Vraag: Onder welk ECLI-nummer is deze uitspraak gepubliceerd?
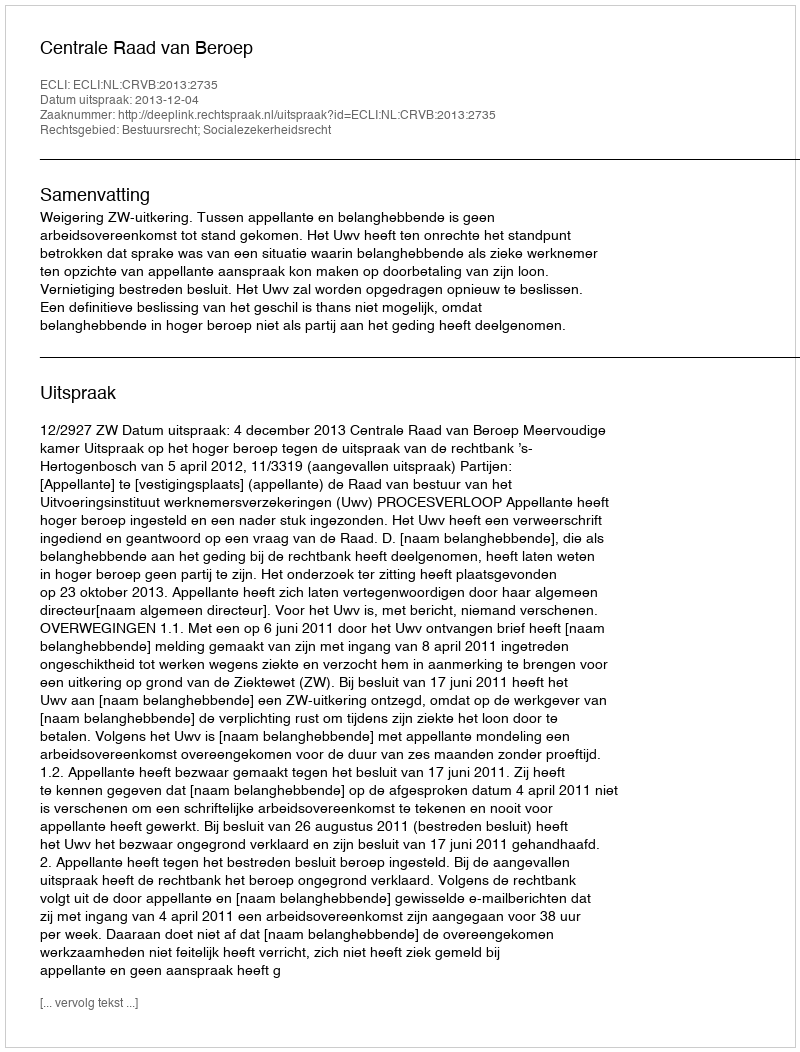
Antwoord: ECLI:NL:CRVB:2013:2735